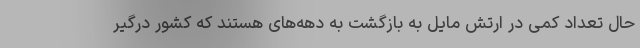
حال تعداد کمی در ارتش مایل به بازگشت به دهه‌های هستند که کشور درگیر